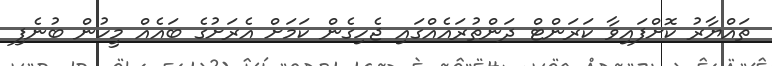
ތައްޔާރު ކޮށްފައިވާ ކަރަންޓް ދަންތުރައެއްގައި ޖެހިގެން ކަމަށް އެރަށުގެ ބައެއް މީހުން ބުނެފި